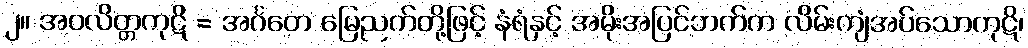
၂။ အဝလိတ္တကုဋိ = အင်္ဂတေ မြေညက်တို့ဖြင့် နံရံနှင့် အမိုးအပြင်ဘက်က လိမ်းကျံအပ်သောကုဋိ၊